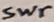
Text: Swr